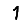
Digit: 1